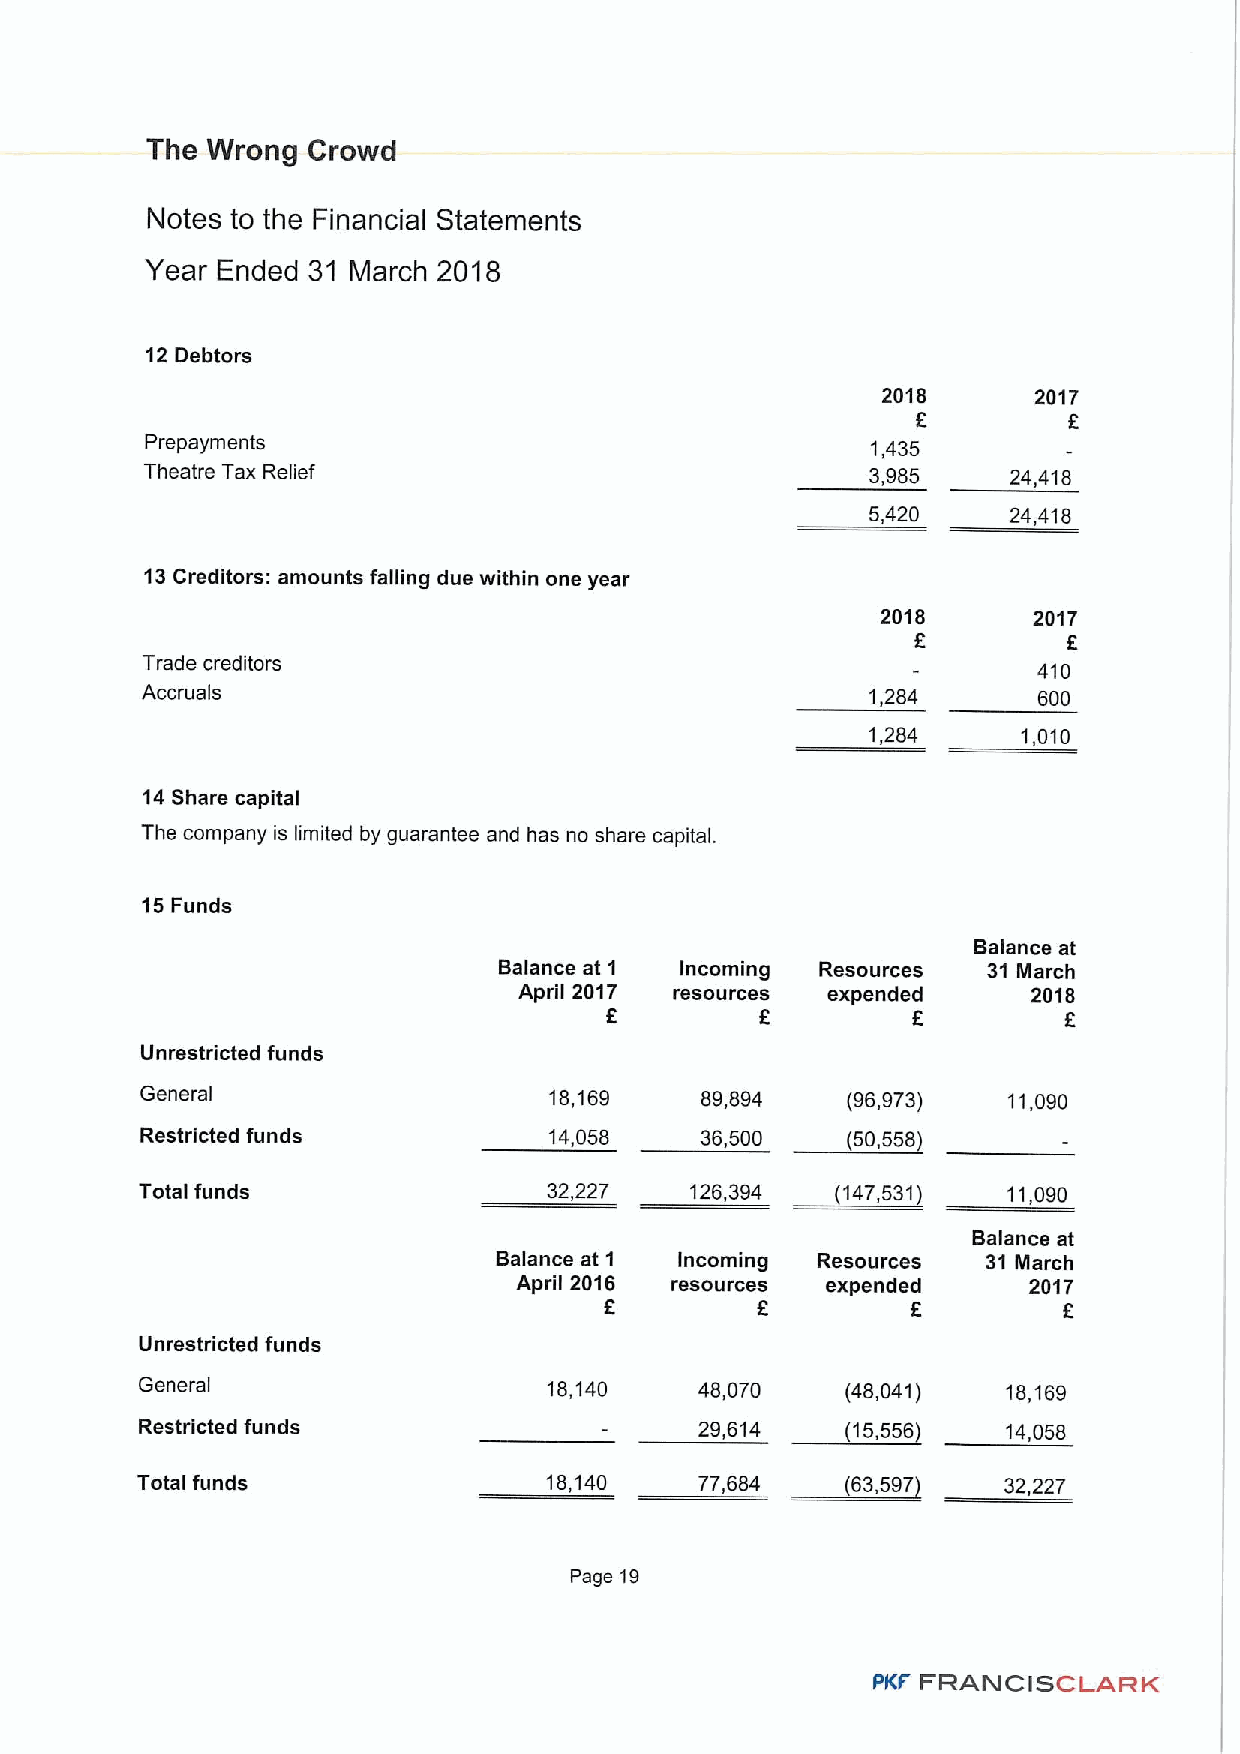
The Wrong Crowd
 Notes to the Financial Statements
 Year Ended 31 March 2018
 12Debtors
 2018      2017
 f
 P repayments                                    1,435
 Theatre Tax Relief                              3,985    24,418
 5,420    24,418
 13Creditors: amounts falling due within one year
 2018      2017
 f         f
 Trade creditors                                             410
 Accruals                                         1,284      600
 1,284     1,010
 14Share capital
 The company is limited by guarantee and has no share capital.
 15Funds
 Balance at
 Balance at 1 Incoming Resources 31 March
 April 2017 resources expended     2018
 f                   f
 Unrestricted funds
 General                    18,169    89,894    (96,973)   11,090
 Restricted funds           14,058    36,500    (50,558)
 Total funds                32,227    126,394  (147,531)   11,090
 Balance at
 Balance at 1 Incoming Resources 31 March
 April 2016 resources expended     2017
 f         f         f         f
 Unrestricted funds
 General                    18,140    48,070    (48,041)   18,169
 Restricted funds                     29,614    (15,556)   14,058
 Total funds                18,140    77,684    (63,597)  32,227
 Page 19
 PKF FRAN C SCLAR  K
 I